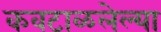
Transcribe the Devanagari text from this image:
कवटाळलेल्या